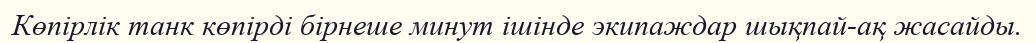
Көпірлік танк көпірді бірнеше минут ішінде экипаждар шықпай-ақ жасайды.